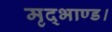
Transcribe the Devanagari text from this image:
मृद्भाण्ड।